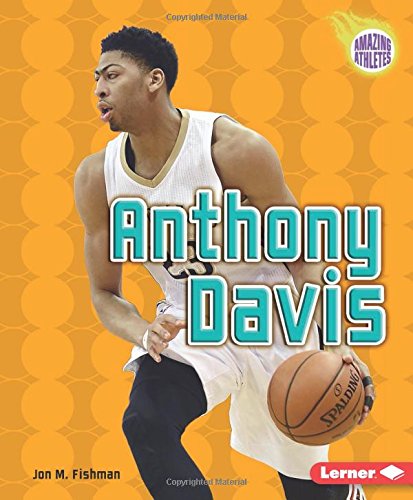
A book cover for Anthony Davis (Amazing Athletes); Jon M. Fishman; Children's Books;